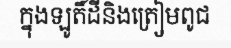
ក្នុងឡូតិ៍ដីនិងត្រៀមពូជ